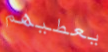
يعطيهم